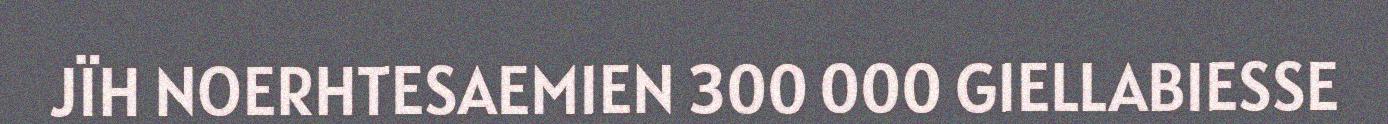
JÏH NOERHTESAEMIEN 300 000 GIELLABIESSE